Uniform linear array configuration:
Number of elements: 64
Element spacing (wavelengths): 0.5
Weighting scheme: binomial
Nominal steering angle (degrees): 45
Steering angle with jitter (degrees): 44.42
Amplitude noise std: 0.05
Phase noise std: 0.05

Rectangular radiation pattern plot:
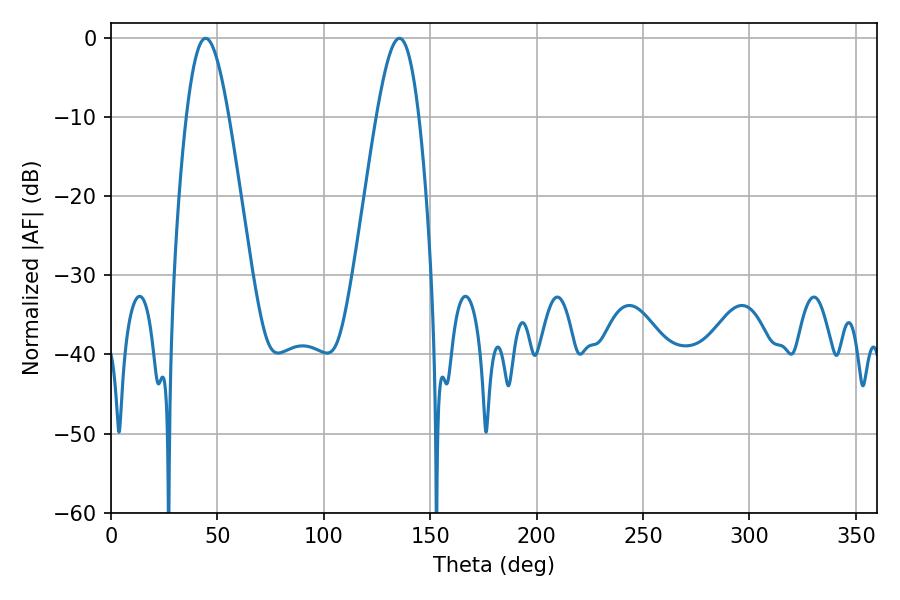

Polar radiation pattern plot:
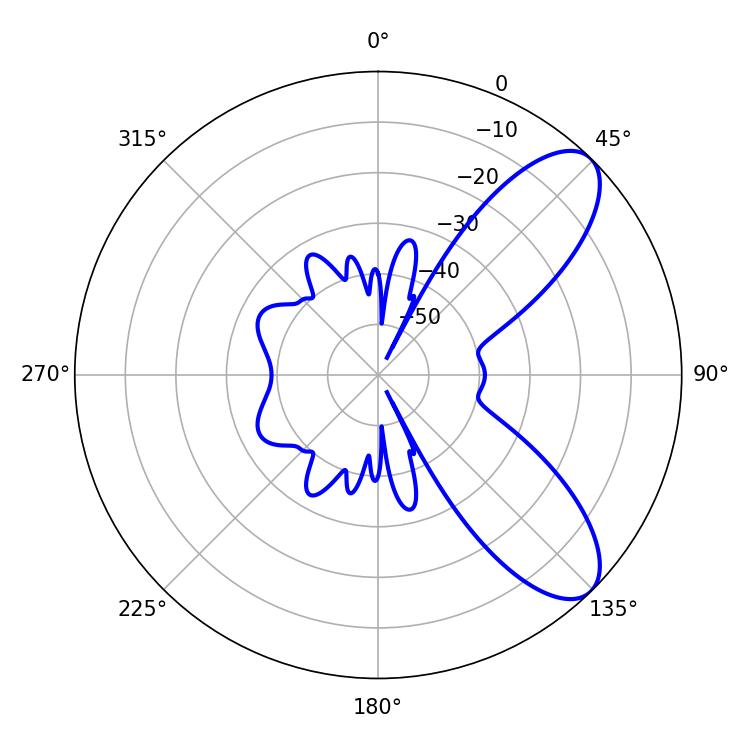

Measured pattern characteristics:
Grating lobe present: FALSE
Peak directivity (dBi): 8.431
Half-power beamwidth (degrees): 10.62
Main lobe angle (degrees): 44.46